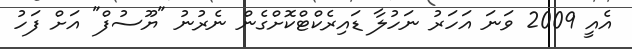
އެއީ 2009 ވަނަ އަހަރު ނަހުލާ ޑައިރެކްޓްކޮށްގެން ނެރުނު "ޔޫސުފް" އަށް ފަހު